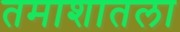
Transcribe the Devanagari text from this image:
तमाशातला